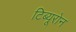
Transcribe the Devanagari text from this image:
टिब्यूरोन